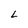
Character: L